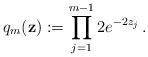
LaTeX: \begin{align*}q_m ({\bf z}) := \prod_{j=1}^{m-1} 2 e^{-2 z_j} \,.\end{align*}